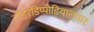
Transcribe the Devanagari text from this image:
तोंडरडिप्पोड़ियालवार